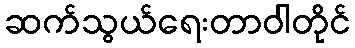
ဆက်သွယ်ရေးတာဝါတိုင်